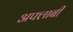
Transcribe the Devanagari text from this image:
अफ्लाबी